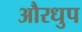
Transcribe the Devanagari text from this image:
औरधुप